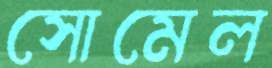
সোমেল